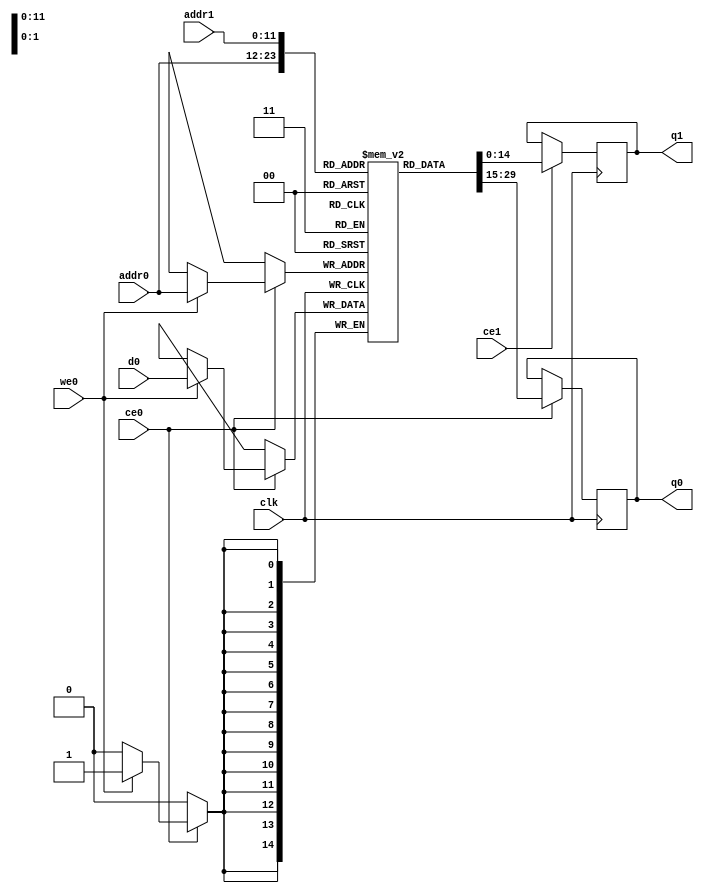
// ==============================================================
// Vitis HLS - High-Level Synthesis from C, C++ and OpenCL v2020.1 (64-bit)
// Copyright 1986-2020 Xilinx, Inc. All Rights Reserved.
// ==============================================================
`timescale 1 ns / 1 ps
module process_element_L2_output_fmap_V_ram (addr0, ce0, d0, we0, q0, addr1, ce1, q1,  clk);

parameter DWIDTH = 15;
parameter AWIDTH = 12;
parameter MEM_SIZE = 3600;

input[AWIDTH-1:0] addr0;
input ce0;
input[DWIDTH-1:0] d0;
input we0;
output reg[DWIDTH-1:0] q0;
input[AWIDTH-1:0] addr1;
input ce1;
output reg[DWIDTH-1:0] q1;
input clk;

(* ram_style = "block" *)reg [DWIDTH-1:0] ram[0:MEM_SIZE-1];




always @(posedge clk)  
begin 
    if (ce0) begin
        if (we0) 
            ram[addr0] <= d0; 
        q0 <= ram[addr0];
    end
end


always @(posedge clk)  
begin 
    if (ce1) begin
        q1 <= ram[addr1];
    end
end


endmodule

`timescale 1 ns / 1 ps
module process_element_L2_output_fmap_V(
    reset,
    clk,
    address0,
    ce0,
    we0,
    d0,
    q0,
    address1,
    ce1,
    q1);

parameter DataWidth = 32'd15;
parameter AddressRange = 32'd3600;
parameter AddressWidth = 32'd12;
input reset;
input clk;
input[AddressWidth - 1:0] address0;
input ce0;
input we0;
input[DataWidth - 1:0] d0;
output[DataWidth - 1:0] q0;
input[AddressWidth - 1:0] address1;
input ce1;
output[DataWidth - 1:0] q1;



process_element_L2_output_fmap_V_ram process_element_L2_output_fmap_V_ram_U(
    .clk( clk ),
    .addr0( address0 ),
    .ce0( ce0 ),
    .we0( we0 ),
    .d0( d0 ),
    .q0( q0 ),
    .addr1( address1 ),
    .ce1( ce1 ),
    .q1( q1 ));

endmodule